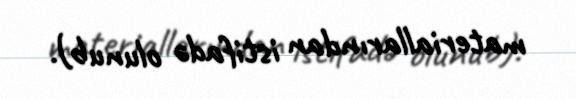
materiallarından istifadə olunub).